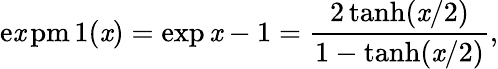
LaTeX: \operatorname{e\mathit{x}pm1}(\mathit{x})=\exp\mathit{x}-1={\frac{{2\operatorname{tanh}(\mathit{x}/2)}}{{1-\operatorname{tanh}(\mathit{x}/2)}}},